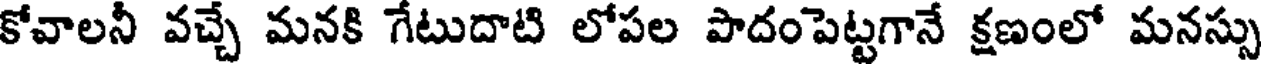
కోవాలనీ వచ్చే మనకి గేటుదాటి లోపల పొదంపెట్టగానే క్షణంలో మనస్సు